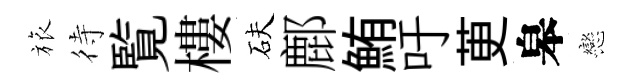
旅待覧樓砆鄜鮪吁茰皋戀